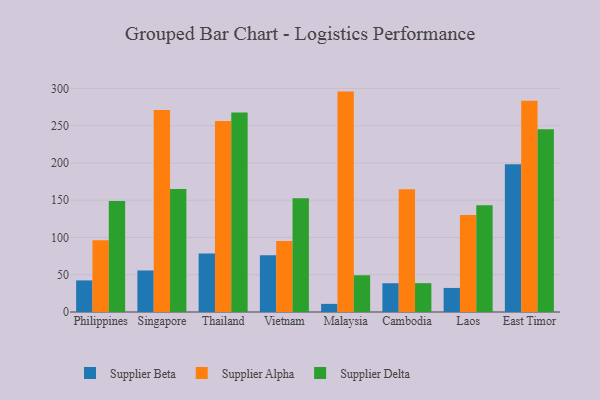
{"axis": {"x": "Country", "y": "Energy Usage (MWh)"}, "legend": ["Supplier Alpha", "Supplier Beta", "Supplier Delta"], "data": [{"x": "Philippines", "y": 42.4, "type": "Supplier Beta"}, {"x": "Philippines", "y": 96.1, "type": "Supplier Alpha"}, {"x": "Philippines", "y": 149.0, "type": "Supplier Delta"}, {"x": "Singapore", "y": 55.7, "type": "Supplier Beta"}, {"x": "Singapore", "y": 270.9, "type": "Supplier Alpha"}, {"x": "Singapore", "y": 165.0, "type": "Supplier Delta"}, {"x": "Thailand", "y": 78.6, "type": "Supplier Beta"}, {"x": "Thailand", "y": 256.4, "type": "Supplier Alpha"}, {"x": "Thailand", "y": 267.6, "type": "Supplier Delta"}, {"x": "Vietnam", "y": 76.0, "type": "Supplier Beta"}, {"x": "Vietnam", "y": 95.2, "type": "Supplier Alpha"}, {"x": "Vietnam", "y": 152.5, "type": "Supplier Delta"}, {"x": "Malaysia", "y": 10.9, "type": "Supplier Beta"}, {"x": "Malaysia", "y": 295.7, "type": "Supplier Alpha"}, {"x": "Malaysia", "y": 49.3, "type": "Supplier Delta"}, {"x": "Cambodia", "y": 38.6, "type": "Supplier Beta"}, {"x": "Cambodia", "y": 164.6, "type": "Supplier Alpha"}, {"x": "Cambodia", "y": 38.7, "type": "Supplier Delta"}, {"x": "Laos", "y": 32.3, "type": "Supplier Beta"}, {"x": "Laos", "y": 130.1, "type": "Supplier Alpha"}, {"x": "Laos", "y": 143.1, "type": "Supplier Delta"}, {"x": "East Timor", "y": 198.1, "type": "Supplier Beta"}, {"x": "East Timor", "y": 283.5, "type": "Supplier Alpha"}, {"x": "East Timor", "y": 245.2, "type": "Supplier Delta"}]}